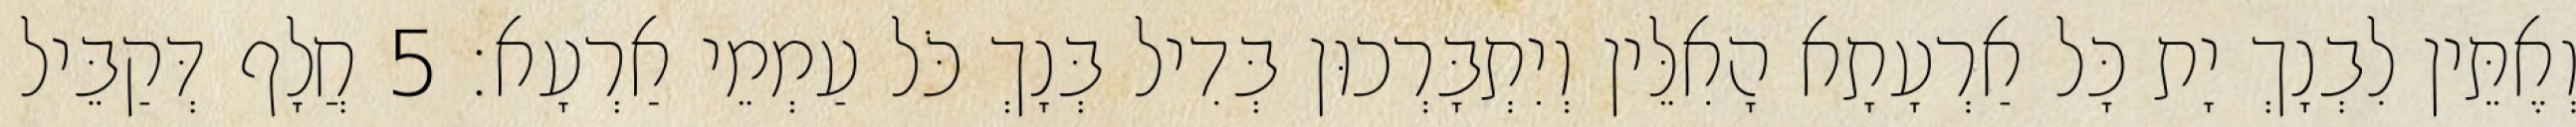
וְאֶתֵּין לִבְנָךְ יָת כָּל אַרְעָתָא הָאִלֵּין וְיִתְבָּרְכוּן בְּדִיל בְּנָךְ כֹּל עַמְמֵי אַרְעָא׃ 5 חֲלָף דְּקַבֵּיל